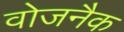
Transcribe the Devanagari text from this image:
वोजनैक